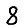
Digit: 8